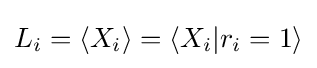
L_{i}=\langle X_{i}\rangle =\langle X_{i}|r_{i}=1\rangle